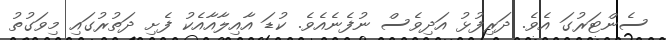
ސެންޓަރުގަ އެވެ. ދަރިފުޅު އަދިވެސް ނުފެނެއެވެ. ކުޑަ އާއިލާއާއެކު ފެށި ދަތުރުގައި މިވަގުތު